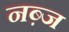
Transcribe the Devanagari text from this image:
नब़्ज